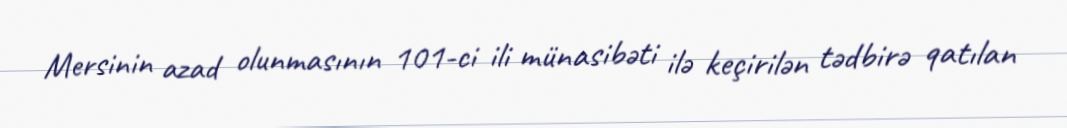
Mersinin azad olunmasının 101-ci ili münasibəti ilə keçirilən tədbirə qatılan